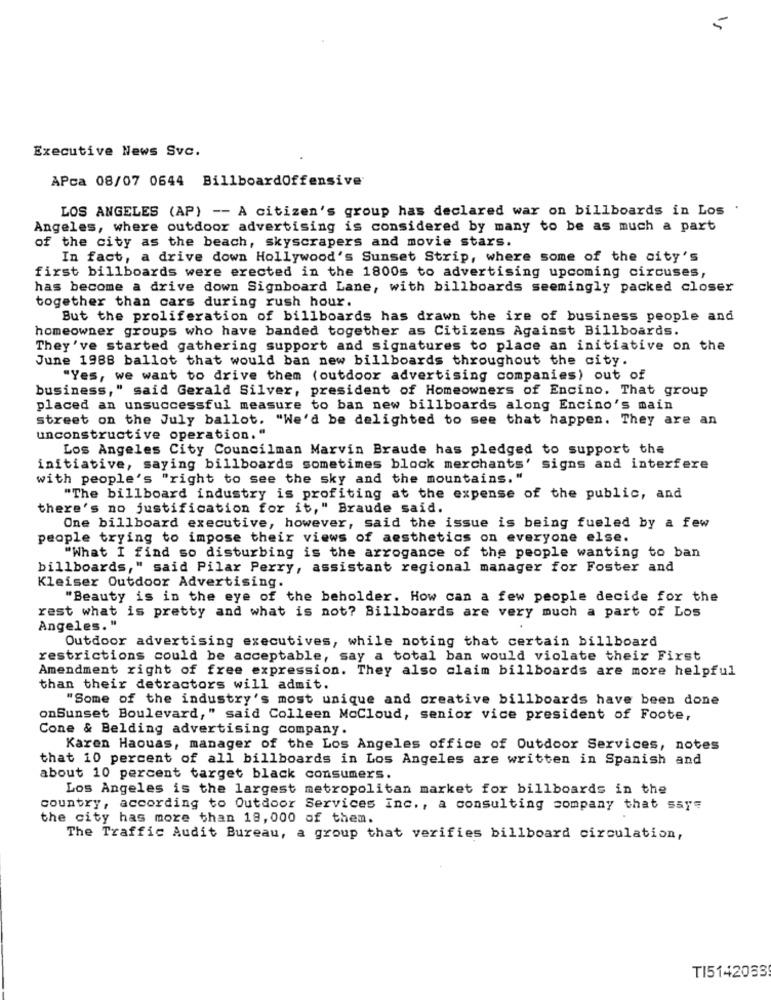
Executive News Svc.
APca 08/07 0644 BillboardOffensive
LOS ANGELES (AP) -- A citizen's group has declared war on billboards in Los .
Angeles, where outdoor advertising is considered by many to be as much a part
of the city as the beach, skyscrapers and movie stars.
In fact, a drive down Hollywood's Sunset Strip, where some of the city's
first billboards were erected in the 1800s to advertising upcoming circuses,
has become a drive down Signboard Lane, with billboards seemingly packed closer
together than cars during rush hour.
But the proliferation of billboards has drawn the ire of business people and
homeowner groups who have banded together as Citizens Against Billboards.
They've started gathering support and signatures to place an initiative on the
June 1988 ballot that would ban new billboards throughout the city.
"Yes, we want to drive them (outdoor advertising companies) out of
business," said Gerald Silver, president of Homeowners of Encino. That group
placed an unsuccessful measure to ban new billboards along Encino's main
street on the July ballot. "We'd be delighted to see that happen. They are an
unconstructive operation."
Los Angeles City Councilman Marvin Braude has pledged to support the
initiative, saying billboards sometimes block merchants' signs and interfere
with people's "right to see the sky and the mountains."
"The billboard industry is profiting at the expense of the public, and
there's no justification for it," Braude said.
One billboard executive, however, said the issue is being fueled by a few
people trying to impose their views of aesthetics on everyone else.
"What I find so disturbing is the arrogance of the people wanting to ban
billboards," said Pilar Perry, assistant regional manager for Foster and
Kleiser Outdoor Advertising.
"Beauty is in the eye of the beholder. How can a few people decide for the
rest what is pretty and what is not? Billboards are very much a part of Los
Angeles."
Outdoor advertising executives, while noting that certain billboard
restrictions could be acceptable, say a total ban would violate their First
Amendment right of free expression. They also claim billboards are more helpful
than their detractors will admit.
"Some of the industry's most unique and creative billboards have been done
onSunset Boulevard," said Colleen MoCloud, senior vice president of Foote,
Cone & Belding advertising company.
Karen Haouas, manager of the Los Angeles office of Outdoor Services, notes
that 10 percent of all billboards in Los Angeles are written in Spanish and
about 10 percent target black consumers.
Los Angeles is the largest metropolitan market for billboards in the
country, according to Outdoor Services inc ., a consulting company that say=
the city has more than 18,000 of them.
The Traffic Audit Bureau, a group that verifies billboard circulation,
TI5142083